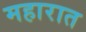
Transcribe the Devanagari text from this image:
महारात